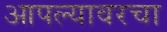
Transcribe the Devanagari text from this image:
आपल्यावरचा